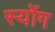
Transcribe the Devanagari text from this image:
स्योंग